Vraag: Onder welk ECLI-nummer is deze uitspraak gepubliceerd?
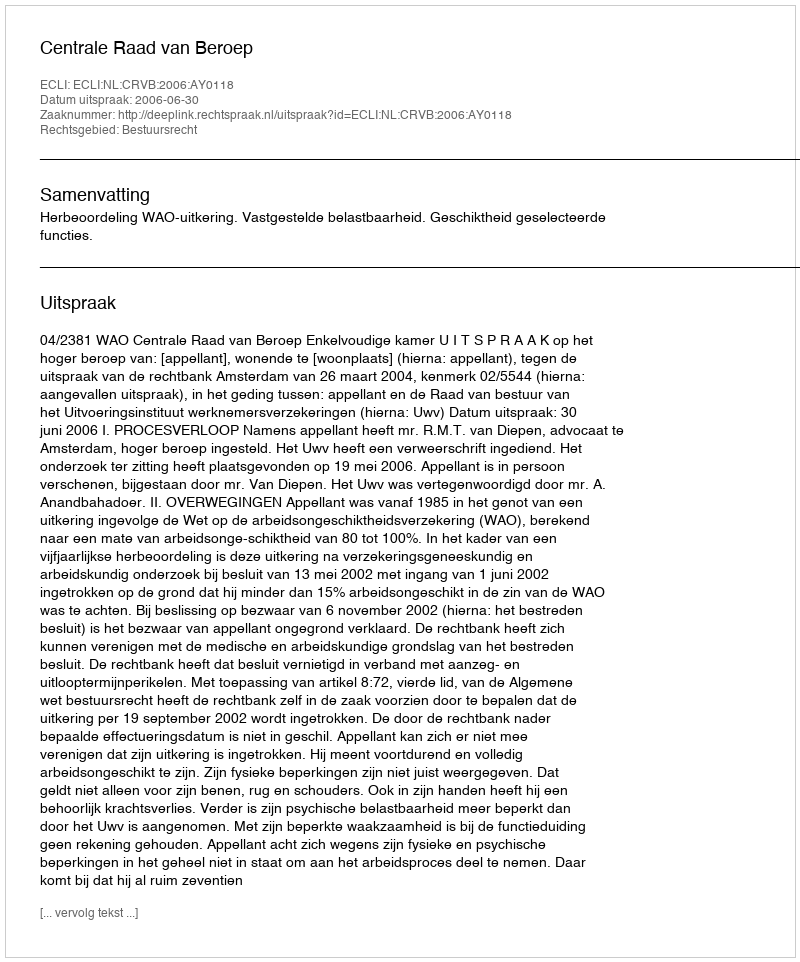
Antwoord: ECLI:NL:CRVB:2006:AY0118